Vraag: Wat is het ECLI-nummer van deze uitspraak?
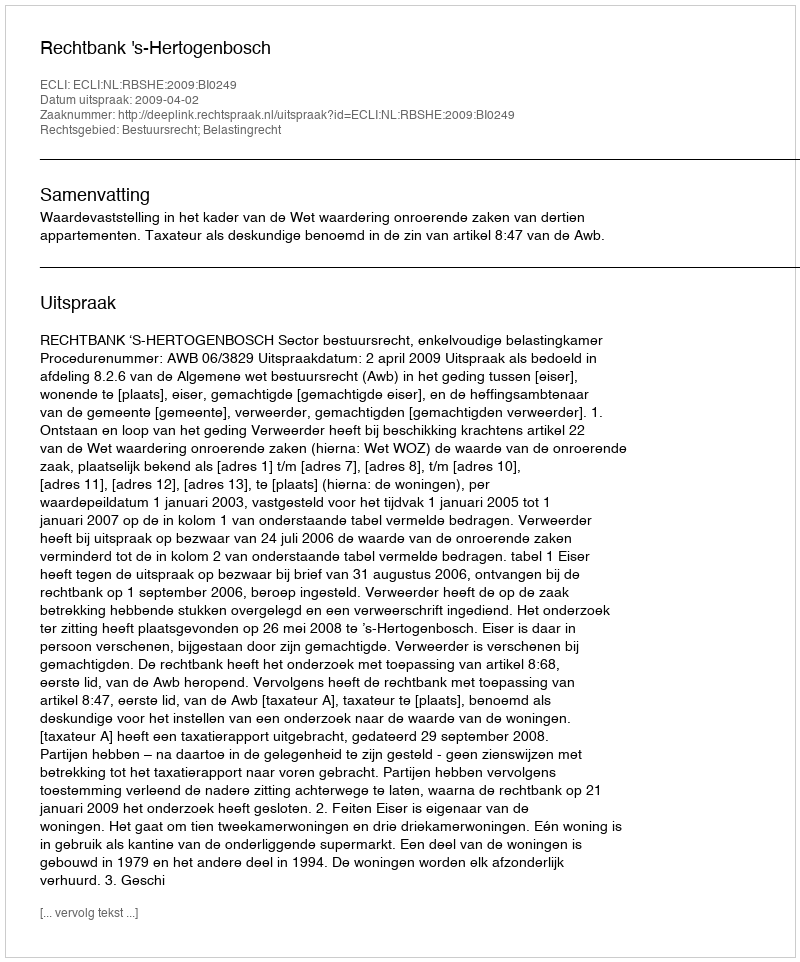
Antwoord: ECLI:NL:RBSHE:2009:BI0249